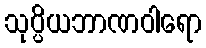
သုပ္ပိယဘာဏဝါရော